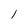
Character: 1